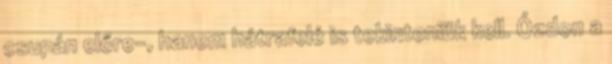
csupán előre-, hanem hátrafelé is tekinteniük kell. Ózdon a